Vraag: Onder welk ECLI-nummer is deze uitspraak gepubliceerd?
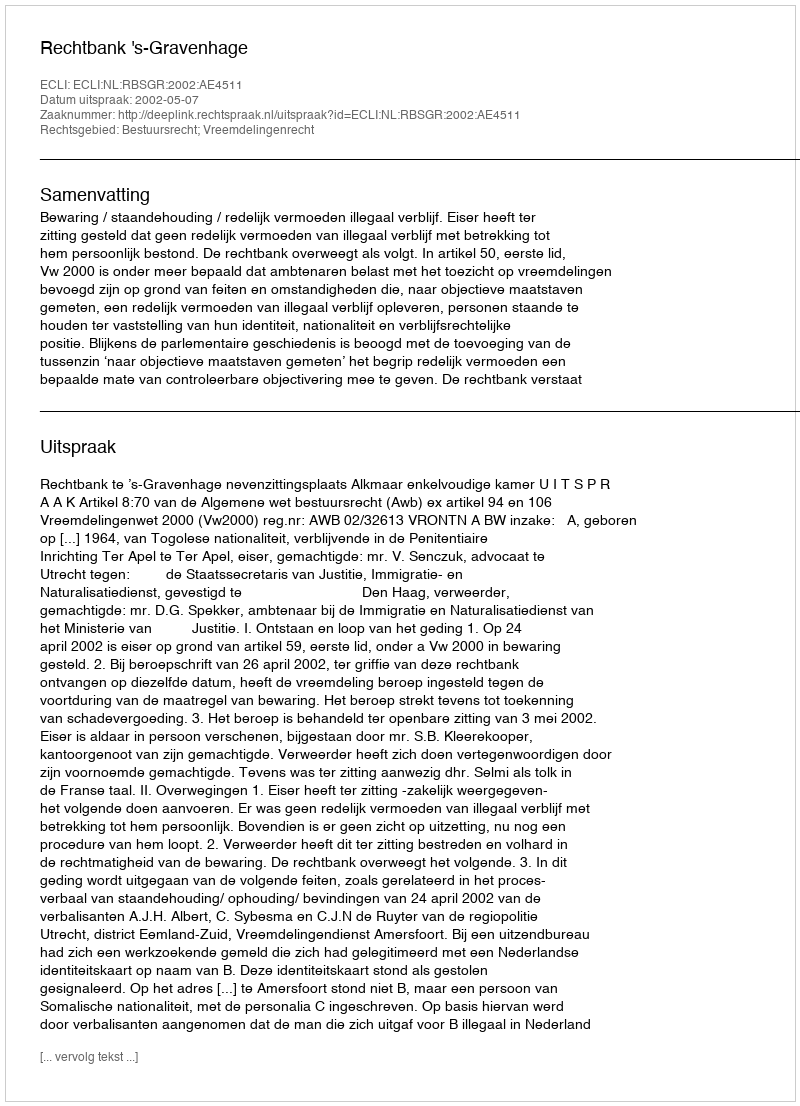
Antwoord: ECLI:NL:RBSGR:2002:AE4511